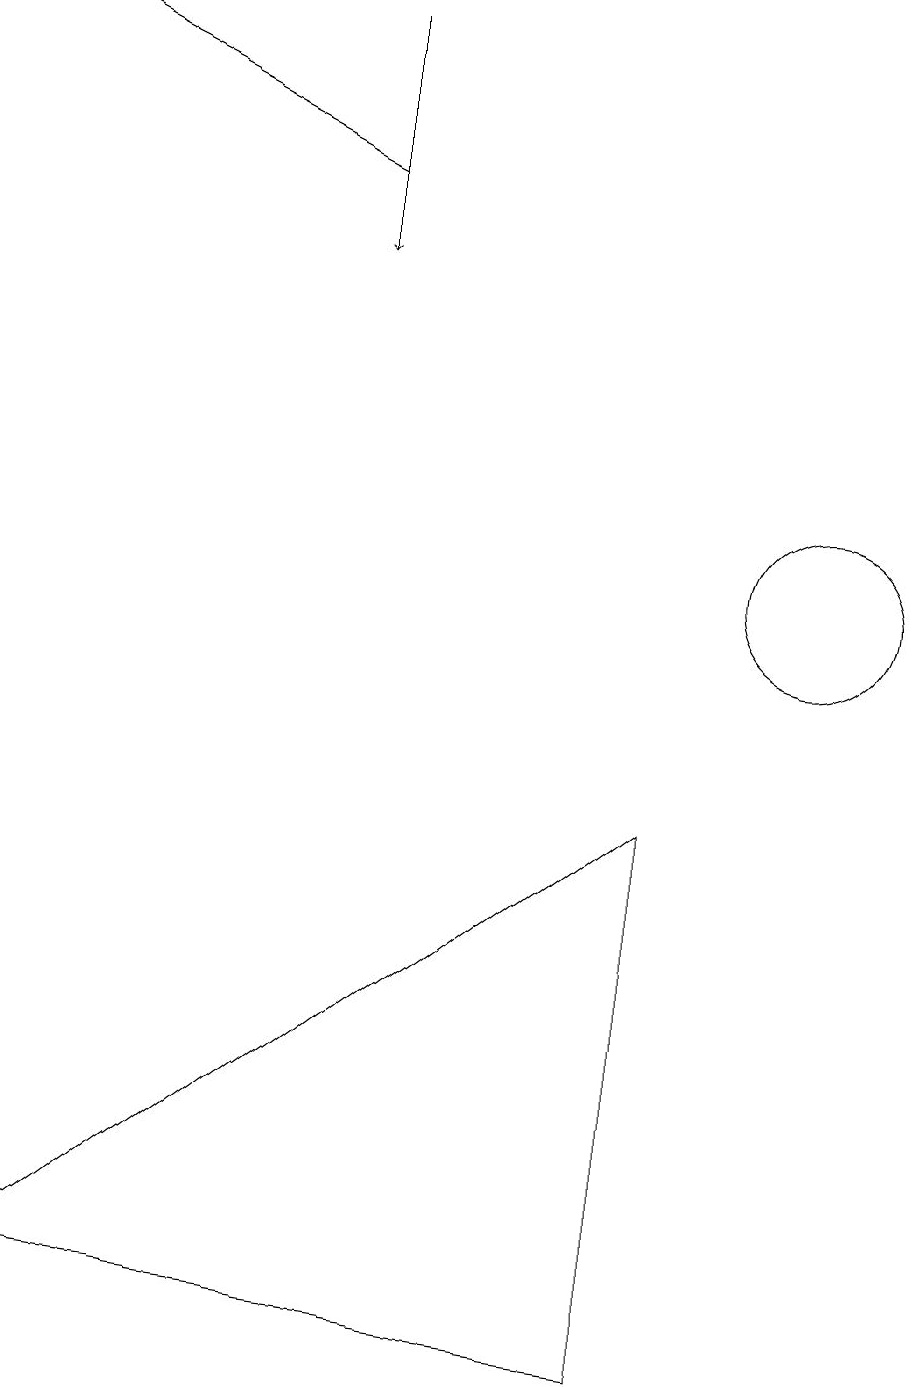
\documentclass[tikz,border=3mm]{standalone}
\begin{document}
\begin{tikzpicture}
\draw[->] (4,17) -- (4,14);
\draw (10,10) circle (1);
\draw[->] (4,15) -- (0,17);
\draw (8,7) -- (8,0) -- (0,1) -- cycle;
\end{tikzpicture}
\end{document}